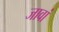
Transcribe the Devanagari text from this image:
जावां